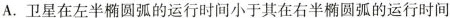
A.卫星在左半椭圆弧的运行时间小于其在右半椭圆弧的运行时间